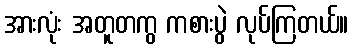
အားလုံး အတူတကွ ကစားပွဲ လုပ်ကြတယ်။